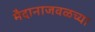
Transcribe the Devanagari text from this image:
मैदानाजवळच्या